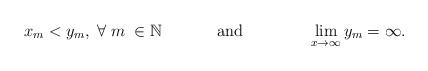
LaTeX: \begin{align*} x_{m}<y_{m},\;\forall\; m\;\in \mathbb{N}\;\;\;\;\;\;\;\;\;\;\;\;\mbox{and}\;\;\;\;\;\;\;\;\;\;\;\;\;\;\lim_{x\rightarrow\infty}y_{m}=\infty.\\\end{align*}